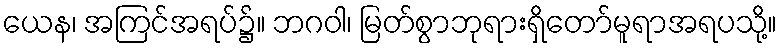
ယေန၊ အကြင်အရပ်၌။ ဘဂဝါ၊ မြတ်စွာဘုရားရှိတော်မူရာအရပသို့။